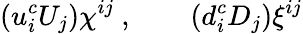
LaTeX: (u_{i}^{c}U_{j})\chi^{ij}\ ,\qquad(d_{i}^{c}D_{j})\xi^{ij}